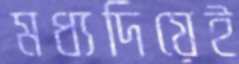
মধ্যদিয়েই